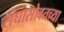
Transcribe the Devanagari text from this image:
संघासोबतच्या